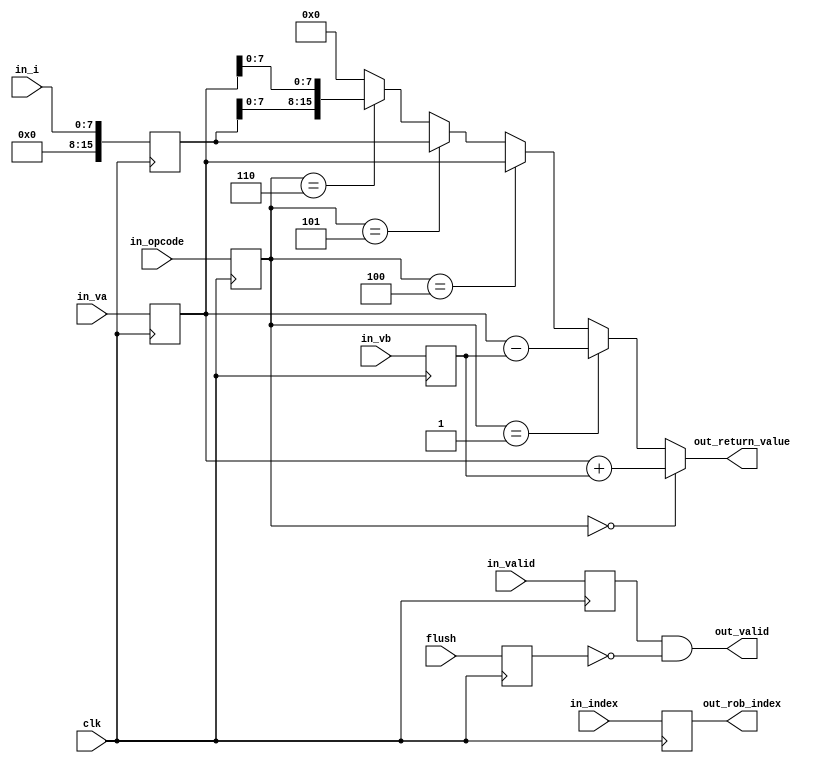
module FXU
(input clk, input flush,
input [3:0] in_opcode, input [3:0] in_index, input in_valid,
input [15:0] in_va, input [15:0] in_vb, input [7:0] in_i, // we receive decoded values
output out_valid, output [3:0] out_rob_index, output [15:0] out_return_value);

    reg m_valid = 0;
    reg m_flush = 0;
    reg [3:0] opcode;
    reg [3:0] rob_index;
    reg [15:0] va;
    reg [15:0] vb;
    reg [15:0] i;

    always @(posedge clk) begin 
        m_valid <= in_valid;
        m_flush <= flush;
        opcode <= in_opcode;
        rob_index <= in_index;
        va <= in_va;
        vb <= in_vb;
        i <= in_i;
    end

    wire isAdd = opcode == 4'b0000;
    wire isSub = opcode == 4'b0001;
    wire isMov = opcode == 4'b0100;
    wire isMovl = opcode == 4'b0101;
    wire isMovh = opcode == 4'b0110;

    assign out_return_value = 
    isAdd ? va + vb : 
    isSub ? va - vb :
    isMov ? va :
    isMovl ? {{8{i[7]}}, i} : 
    isMovh ? {i, va[7:0]} : 
    0;

    assign out_valid = m_valid & ~m_flush;
    assign out_rob_index = rob_index;

endmodule